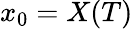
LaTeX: x_{0}=X(T)